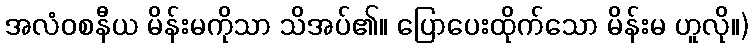
အလံဝစနီယ မိန်းမကိုသာ သိအပ်၏။ ပြောပေးထိုက်သော မိန်းမ ဟူလို။)